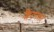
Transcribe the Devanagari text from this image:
क्लिंटनला